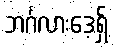
ဘင်္ဂလားဒေ့ရှ်